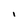
Character: I